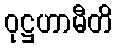
ဝုဋ္ဌဟာမီတိ